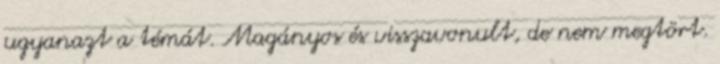
ugyanazt a témát. Magányos és visszavonult, de nem megtört.